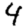
Digit: 4